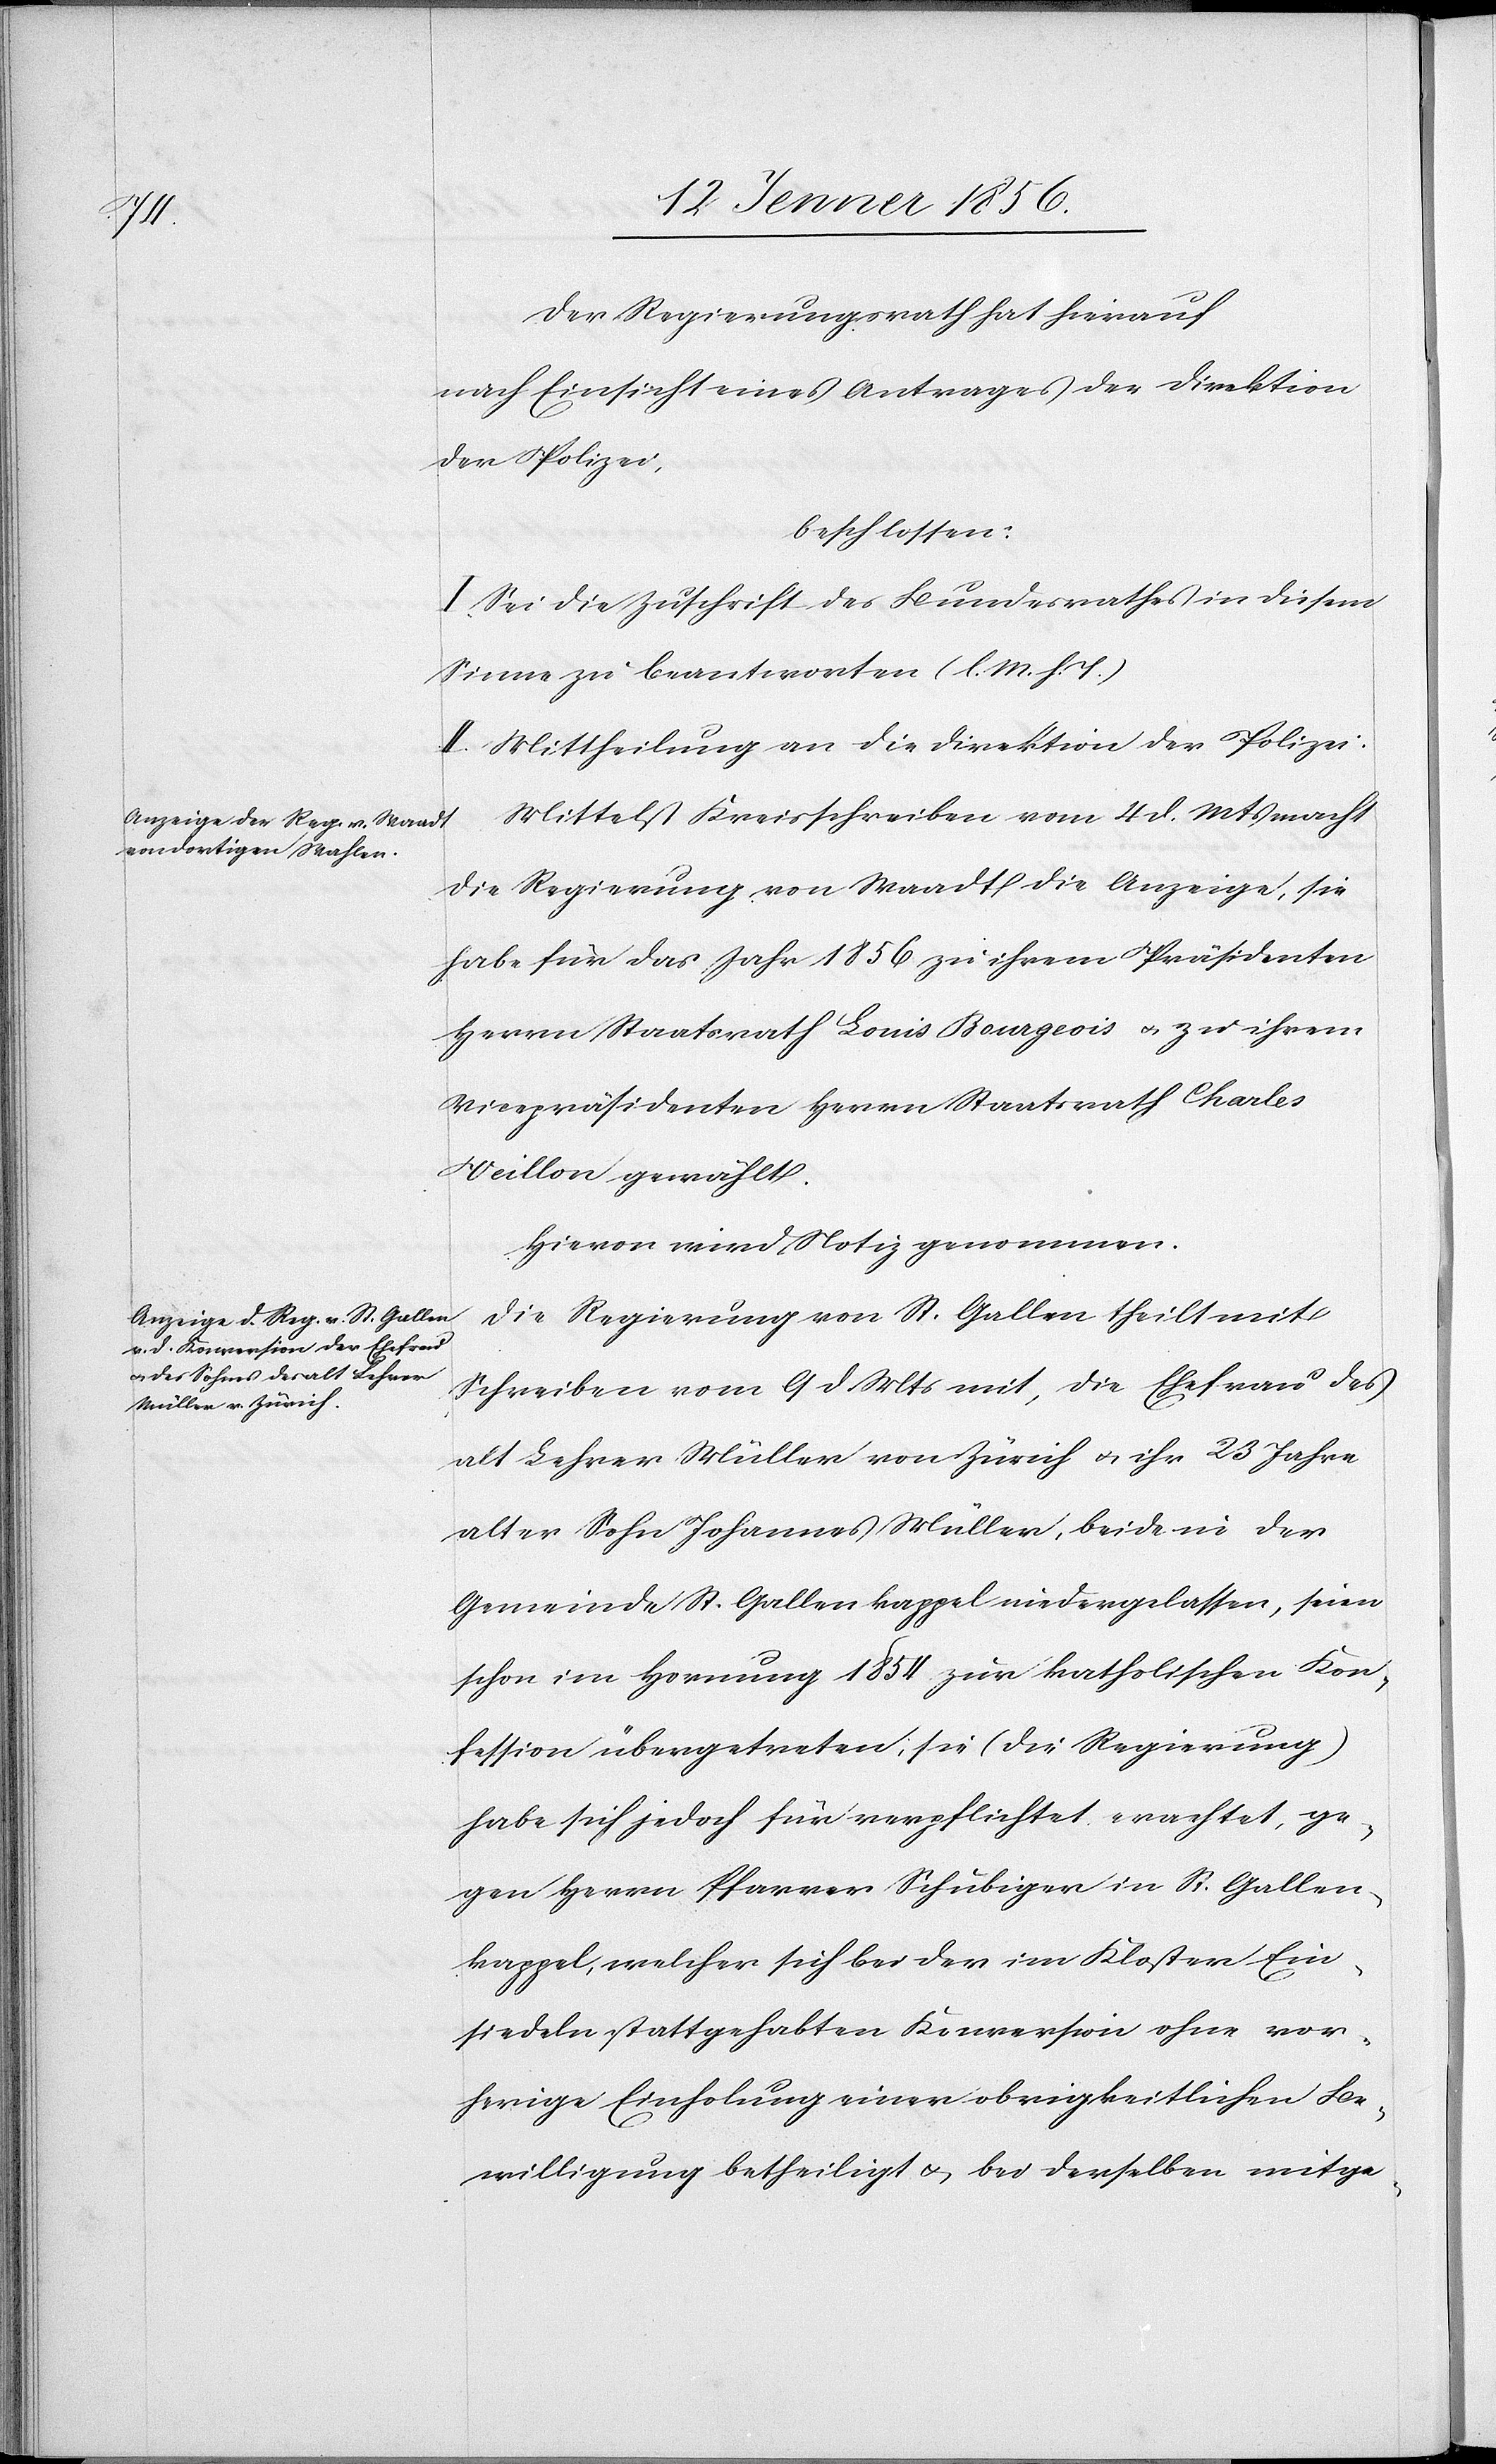
Der Regierungsrath hat hierauf
nach Einsicht eines Antrages der Direktion
der Polizei
beschlossen:
I. Sei die Zuschrift des Bundesrathes in diesem
Sinne zu beantworten (l. M. h. J.)
II. Mittheilung an die Direktion der Polizei.
Mittelst Kreisschreiben vom 4 d. Mts macht
die Regierung von Waadt die Anzeige, sie
habe für das Jahr 1856 zu ihrem Präsidenten
Herrn Staatsrath Louis Bourgeois u. z u ihrem
Vicepräsidenten Herrn Staatsrath Charles
Veillon gewählt.
Hievon wird Notiz genommen.
Die Regierung von St Gallen theilt mit
Schreiben vom 9 d Mts mit, die Ehefrau des
alt Lehrer Müller von Zürich u. ihr 23 Jahre
alter Sohn Johannes Müller, beide in der
Gemeinde St. Gallen kappel niedergelassen, seien
schon im Hornung 1854 zur katholischen Kon¬
fession übergetreten; sie (die Regierung)
habe sich jedoch für verpflichtet erachtet, ge¬
gen Herrn Pfarrer Schubiger in St. Gallen-k¬
appel, welcher sich bei der im Kloster Ein¬
siedeln stattgehabten Konversion ohne vor¬
herige Einholung einer obrigkeitlichen Be¬
willigung betheiligt u. bei derselben mitge-